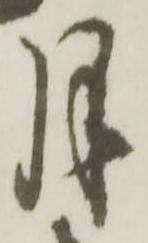
月